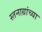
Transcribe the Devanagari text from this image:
स्तनाग्रांच्या